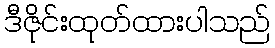
ဒီဇိုင်းထုတ်ထားပါသည်